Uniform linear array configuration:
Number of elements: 12
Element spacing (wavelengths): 0.75
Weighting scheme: kaiser
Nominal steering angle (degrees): -15
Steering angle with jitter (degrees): -16.838
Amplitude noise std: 0.05
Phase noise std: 0.05

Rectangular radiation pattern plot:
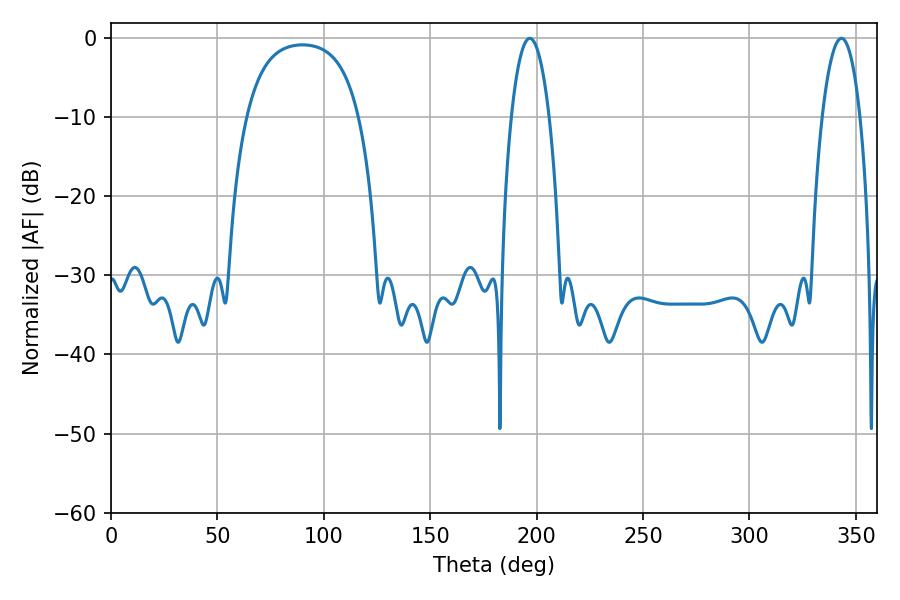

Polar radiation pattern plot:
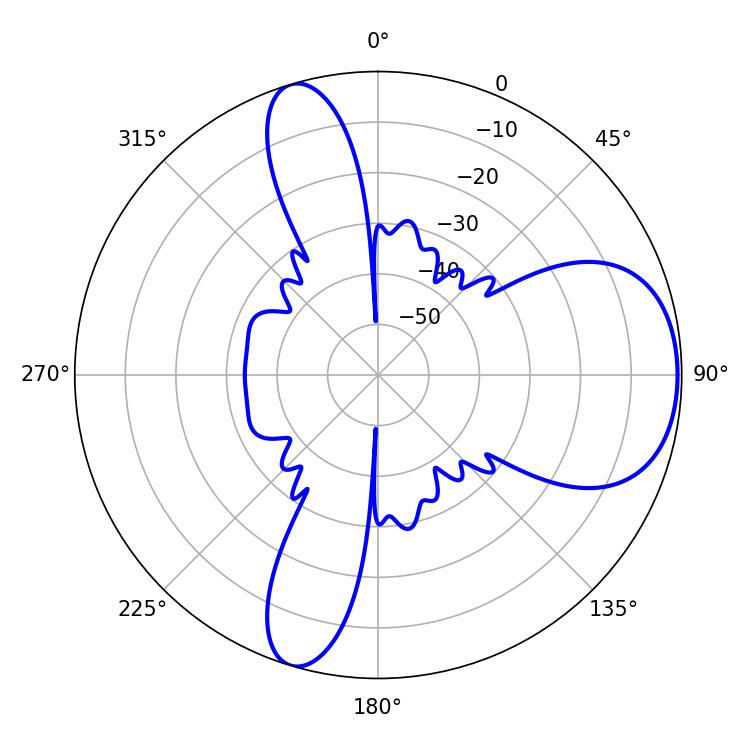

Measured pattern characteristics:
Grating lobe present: TRUE
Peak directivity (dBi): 7.009
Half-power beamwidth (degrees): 9.9
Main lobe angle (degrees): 196.74